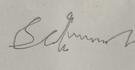
Signature authenticity: forged